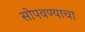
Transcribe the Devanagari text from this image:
सोपवण्याचा